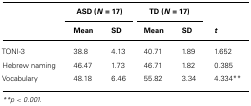
|  | <COLSPAN=2> ASD (N = 17) | <COLSPAN=2> TD (N = 17) |  |
 |  | Mean | SD | Mean | SD | t |
 | --- | --- | --- | --- | --- | --- |
 | TONI-3 | 38.8 | 4.13 | 40.71 | 1.89 | 1.652 |
 | Hebrew naming | 46.47 | 1.73 | 46.71 | 1.82 | 0.385 |
 | Vocabulary | 48.18 | 6.46 | 55.82 | 3.34 | 4.334** |